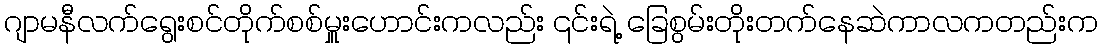
ဂျာမနီလက်ရွေးစင်တိုက်စစ်မှူးဟောင်းကလည်း ၎င်းရဲ့ ခြေစွမ်းတိုးတက်နေဆဲကာလကတည်းက